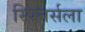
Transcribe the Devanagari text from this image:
स्पिनर्सला